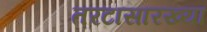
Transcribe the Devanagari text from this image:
तरटासारख्या